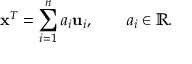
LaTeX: \mathbf { x } ^ { T } = \sum _ { i = 1 } ^ { n } a _ { i } \mathbf { u } _ { i } , \qquad a _ { i } \in \mathbb { R } .